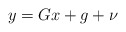
\begin{align*}y = G x + g + \nu\end{align*}